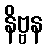
နိဗ္ဗန